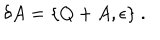
\delta A = \{ Q + A , \epsilon \} ~ .